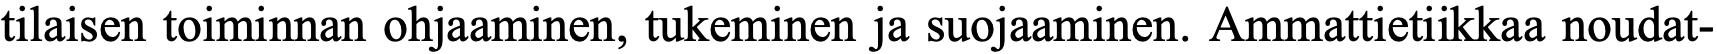
tilaisen toiminnan ohjaaminen, tukeminen ja suojaaminen. Ammattietiikkaa noudat-